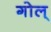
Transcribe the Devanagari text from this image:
गोल्